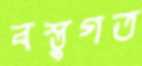
বস্তুগত